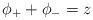
LaTeX: \begin{align*} \phi_++\phi_- = z\end{align*}